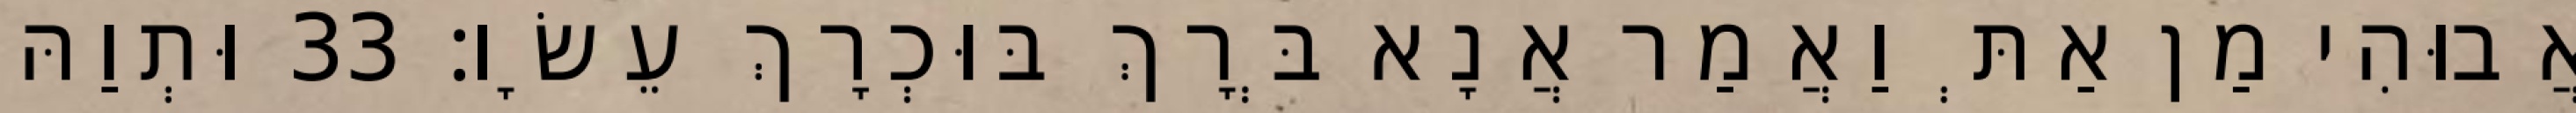
אֲבוּהִי מַן אַתְּ וַאֲמַר אֲנָא בְּרָךְ בּוּכְרָךְ עֵשָׂו׃ 33 וּתְוַהּ